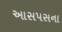
આસપસના